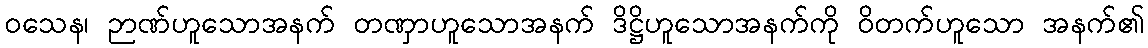
ဝသေန၊ ဉာဏ်ဟူသောအနက် တဏှာဟူသောအနက် ဒိဋ္ဌိဟူသောအနက်ကို ဝိတက်ဟူသော အနက်၏